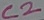
Text: C2